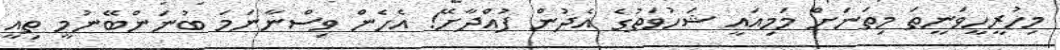
މިހުރީހީވަނީތަ މިތަނަށް މަމިއައީ ޝަހުވަތުގެ އެދުން ފުއްދާށޭ! އެހެން ވިސްނާނަމަ ބުނަންބޭނުމީ ތިއީ